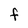
Character: F